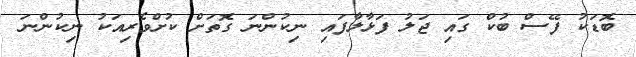
ބޮޑަކު ފޭސް ބުކް ގައި ޖަލު ފަޅާލާފައި ނިކުންނަ ގޮތަށް ކުށްވެރިއަކު ނިކުންނަ